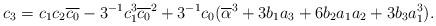
LaTeX: \begin{align*}c_{3}=c_{1}c_{2}\overline{c_{0}}-3^{-1}c_{1}^{3}\overline{c_{0}}^{2}+3^{-1}c_{0}(\overline{\alpha}^{3}+3b_{1}a_{3}+6b_{2}a_{1}a_{2}+3b_{3}a_{1}^{3}).\end{align*}